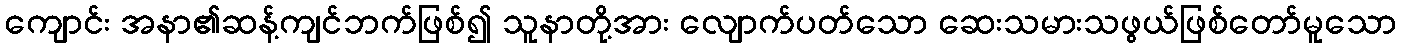
ကျောင်း အနာ၏ဆန့်ကျင်ဘက်ဖြစ်၍ သူနာတို့အား လျောက်ပတ်သော ဆေးသမားသဖွယ်ဖြစ်တော်မူသော